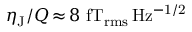
\eta _ { \mathrm { J } } / Q \, { \approx } \, 8 ~ \mathrm { f T _ { r m s } \, H z ^ { - 1 / 2 } }